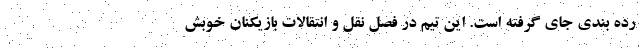
رده بندی جای گرفته است. این تیم در فصل نقل و انتقالات بازیکنان خوبش